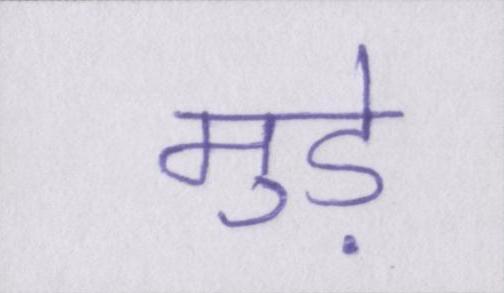
मुड़े